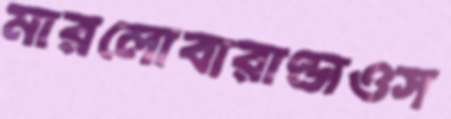
মারলোবারাণ্ডাওস